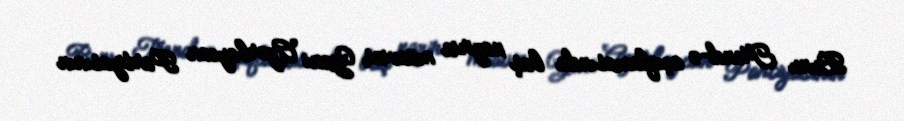
Bunu Trend-ə açıqlamasında baş nazirin müavini, Yeni Azərbaycan Partiyasının